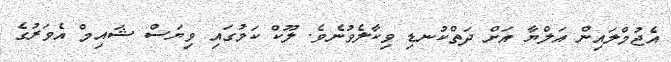
އެޖުމްލައިން އަލްޔާ އަށް ދަތްކުނޑި ވިކާލެވުނެވެ. ލޫކް ކަމުގައި ވިޔަސް ޝައިމް އެވަރުގެ